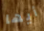
أيها